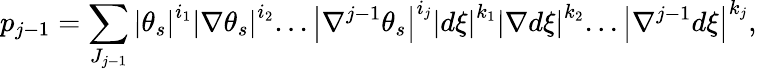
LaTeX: p_{j-1}=\sum_{J_{j-1}}\left\vert\theta_{s}\right\vert^{i_{1}}\left\vert\nabla\theta_{s}\right\vert^{i_{2}}...\left\vert\nabla^{j-1}\theta_{s}\right\vert^{i_{j}}\left\vert d\xi\right\vert^{k_{1}}\left\vert\nabla d\xi\right\vert^{k_{2}}...\left\vert\nabla^{j-1}d\xi\right\vert^{k_{j}},